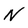
Character: N